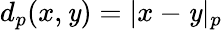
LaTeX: d_{p}(x,\mathit{y})=|x-\mathit{y}|_{p}